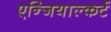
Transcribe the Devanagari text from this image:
एन्जियाल्कर्ट